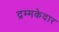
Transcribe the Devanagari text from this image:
द्रम्मकेदार